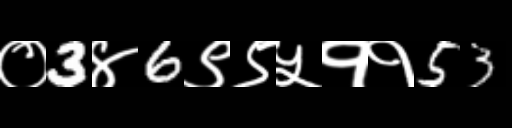
Text: ०3४6९९५११53